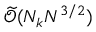
\widetilde { \mathcal { O } } ( N _ { k } N ^ { 3 / 2 } )